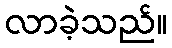
လာခဲ့သည်။